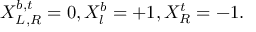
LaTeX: X _ { L , R } ^ { b , t } = 0 , X _ { l } ^ { b } = + 1 , X _ { R } ^ { t } = - 1 .